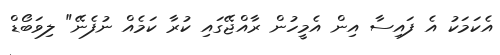
އެކަމަކު އެ ފައިސާ އިން އެމީހުން ރާއްޖޭގައި ކުރާ ކަމެއް ނުފެނޭ" ލިވަބޯޑް